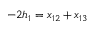
- 2 h _ { 1 } = x _ { 1 2 } + x _ { 1 3 }